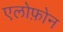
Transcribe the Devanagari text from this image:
एलोफ़ोन